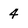
Character: 4